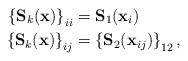
LaTeX: \begin{align*}\left\{ \textbf{S}_k ( \textbf{x} ) \right\}_{ii} &= \textbf{S}_1( \textbf{x}_{i} ) \\\left\{ \textbf{S}_k ( \textbf{x} ) \right\}_{ij} &= \left\{ \textbf{S}_2 ( \textbf{x}_{ij} ) \right\}_{12},\end{align*}